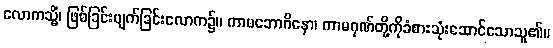
လောကသ္မိံ၊ ဖြစ်ခြင်းပျက်ခြင်းလောက၌။ ကာမဘောဂိနော၊ ကာမဂုဏ်တို့ကိုခံစားသုံးဆောင်သောသူ၏။